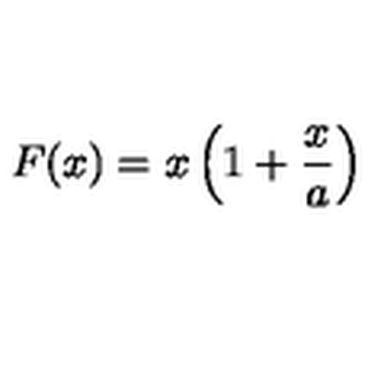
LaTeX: F ( x ) = x \left( 1 + \frac { x } { a } \right)